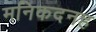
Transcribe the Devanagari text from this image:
मनिकदनह